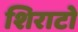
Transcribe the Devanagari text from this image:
शिराटो